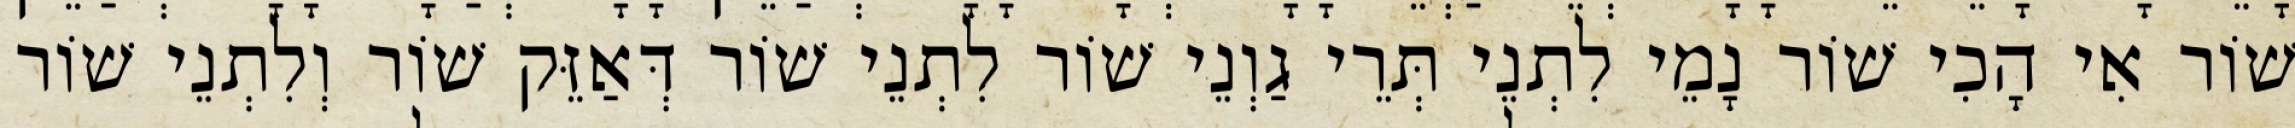
שׁוֹר אִי הָכִי שׁוֹר נָמֵי לִתְנֵי תְּרֵי גַוְנֵי שׁוֹר לִתְנֵי שׁוֹר דְּאַזֵּק שׁוֹר וְלִתְנֵי שׁוֹר